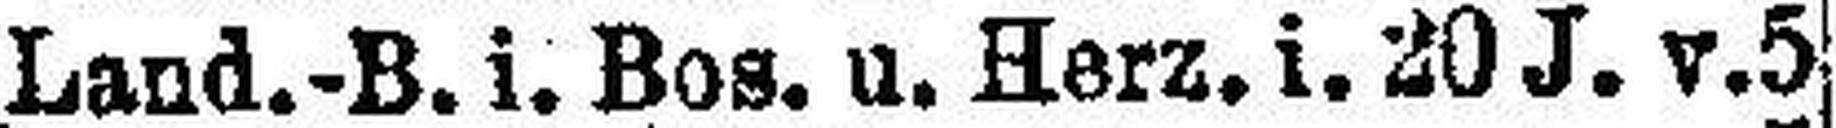
Land.-B. i. Bos. u. Herz. i. 20 J. v. 5